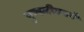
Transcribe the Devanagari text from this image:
पुष्पजीववर्ग